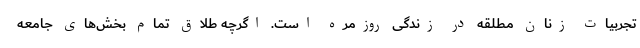
تجربیات زنان مطلقه در زندگی روزمره است. اگرچه طلاق تمام بخش‌های جامعه